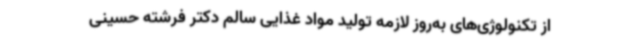
از تکنولوژی‌های به‌روز لازمه تولید مواد غذایی سالم دکتر فرشته حسینی